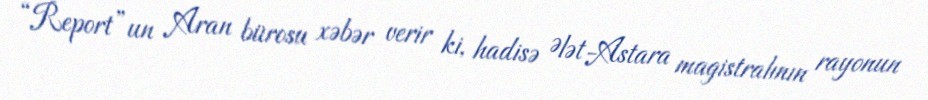
“Report”un Aran bürosu xəbər verir ki, hadisə Ələt-Astara magistralının rayonun